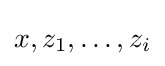
x,z_{1},\ldots ,z_{i}